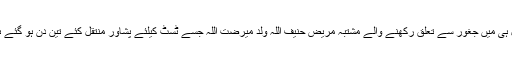
حال ہی میں جغور سے تعلق رکھنے والے مشتبہ مریض حنیف اللہ ولد میرضت اللہ جسے ٹسٹ کیلئے پشاور منتقل کئے تین دن ہو گئے ہیں ۔